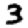
Digit: 3